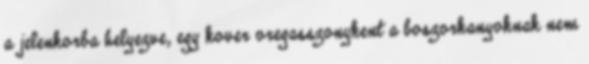
a jelenkorba helyezve, egy kover oregasszonykent a boszorkanyoknak nem